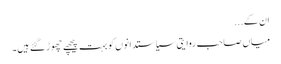
ان کے...
میاں صاحب روایتی سیاستدانوں کو بہت پیچھے چھوڑ گئے ہیں۔